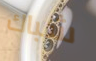
شباك